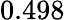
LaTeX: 0.498